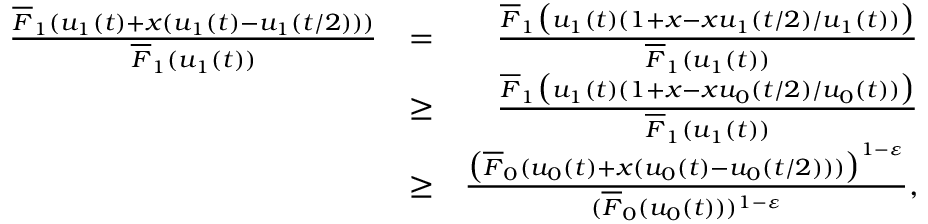
\begin{array} { r l r } { \frac { \overline { { F } } _ { 1 } ( u _ { 1 } ( t ) + x ( u _ { 1 } ( t ) - u _ { 1 } ( t / 2 ) ) ) } { \overline { { F } } _ { 1 } ( u _ { 1 } ( t ) ) } } & { = } & { \frac { \overline { { F } } _ { 1 } \big ( u _ { 1 } ( t ) ( 1 + x - x u _ { 1 } ( t / 2 ) / u _ { 1 } ( t ) ) \big ) } { \overline { { F } } _ { 1 } ( u _ { 1 } ( t ) ) } } \\ & { \ge } & { \frac { \overline { { F } } _ { 1 } \big ( u _ { 1 } ( t ) ( 1 + x - x u _ { 0 } ( t / 2 ) / u _ { 0 } ( t ) ) \big ) } { \overline { { F } } _ { 1 } ( u _ { 1 } ( t ) ) } } \\ & { \ge } & { \frac { \big ( \overline { { F } } _ { 0 } ( u _ { 0 } ( t ) + x ( u _ { 0 } ( t ) - u _ { 0 } ( t / 2 ) ) ) \big ) ^ { 1 - \varepsilon } } { ( \overline { { F } } _ { 0 } ( u _ { 0 } ( t ) ) ) ^ { 1 - \varepsilon } } , } \end{array}